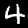
Digit: 4